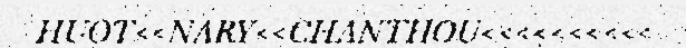
HUOT<<NARY<<CHANTHOU<<<<<<<<<<